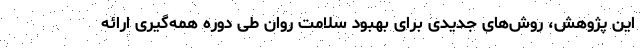
این پژوهش، روش‌های جدیدی برای بهبود سلامت روان طی دوره همه‌گیری ارائه